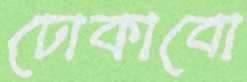
ঢোকাবো